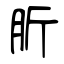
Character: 肵